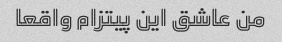
من عاشق این پیتزام واقعا